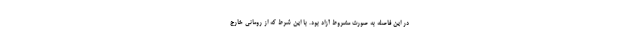
در این فاصله به صورت مشروط آزاد بود. با این شرط که از رومانی خارج